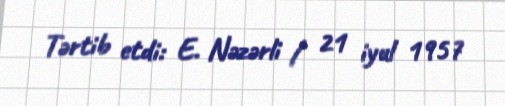
Tərtib etdi: E. Nəzərli / 21 iyul 1957